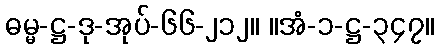
ဓမ္မ-ဋ္ဌ-ဒု-အုပ်-၆၆-၂၁၂။ ။အံ-၁-ဋ္ဌ-၃၄၇။